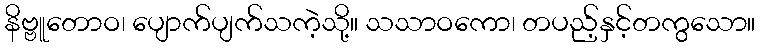
နိဗ္ဗူတောဝ၊ ပျောက်ပျက်သကဲ့သို့။ သသာဝကော၊ တပည့်နှင့်တကွသော။